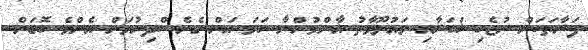
ފަރާތަކަށް ނުޖެހި ޚަބަރާއި މައުލޫމާތު އާންމުންނާ ހަމަ އަށް ގެނެސްދިނުމަށް އެންމެ ބޮޑަށް